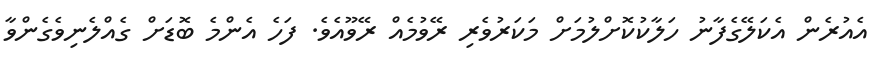
އެއުރެން އެކަލޭގެފާނު ހަލާކުކޮށްލުމަށް މަކަރުވެރި ރޭވުމެއް ރޭވޫއެވެ. ފަހެ އެންމެ ބޮޑަށް ގެއްލެނިވެގެންވާ